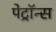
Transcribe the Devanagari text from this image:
पेट्रॉन्स